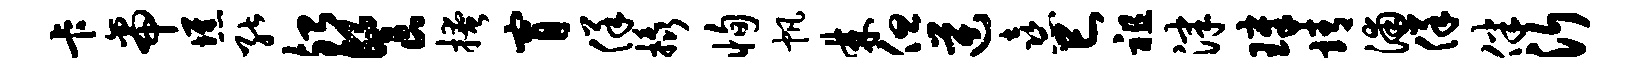
卡帝憔能殆餐掩宵佯橇恂帆棘但逆熹巳祖津璋靖浦佯伴沂